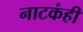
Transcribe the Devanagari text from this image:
नाटकंही